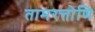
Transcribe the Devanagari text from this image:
तामरत्तोणि